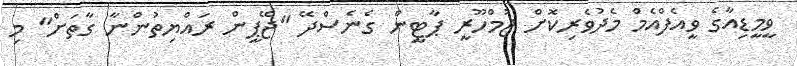
ވީމީޑިއާގެ ވީއެފްއެމް މެދުވެރިކޮށް ޖުމްހޫރީ ޕާޓީން ގެނެސްދޭ "ޖޭޕީން ރައްޔިތުންނާ ގާތަށް" މި